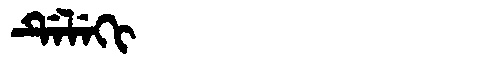
Manchu: ᡩᡝᠯᡝᡴᡳ
Romanization: DELEKI